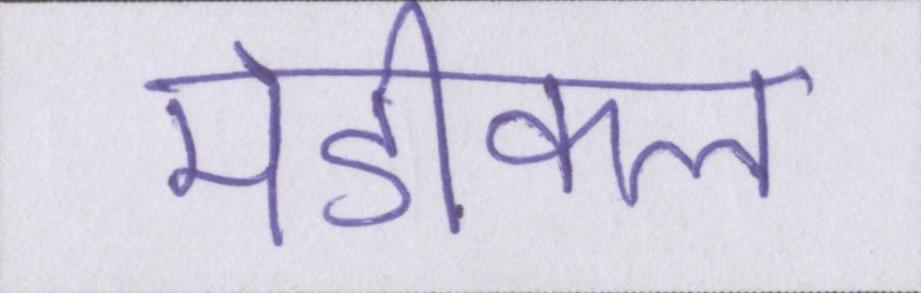
मेडीकल